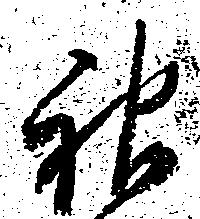
神